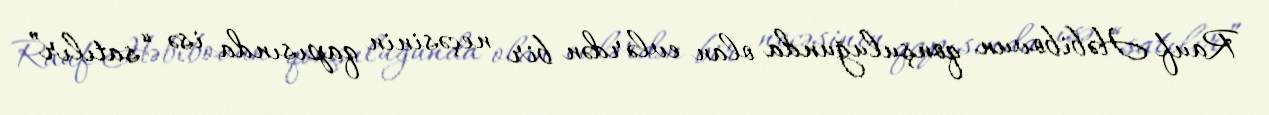
Rauf Həbibovun qonşuluğunda olan evlərdən bir neçəsinin qapısında isə “satılır”